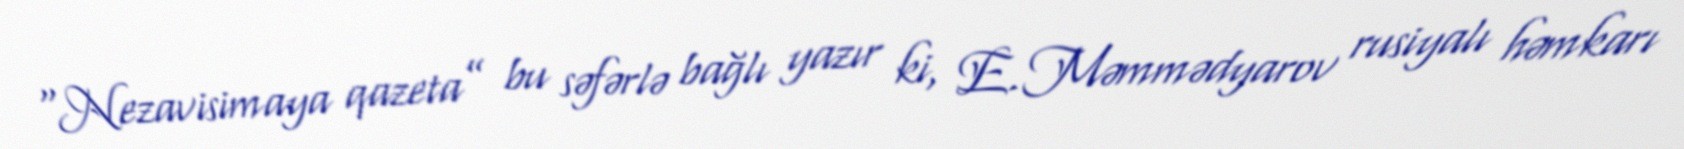
“Nezavisimaya qazeta” bu səfərlə bağlı yazır ki, E.Məmmədyarov rusiyalı həmkarı